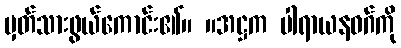
မှတ်သားဖွယ်ကောင်း၏။ ။အဋ္ဌက ပါရာယနဝဂ်ကို